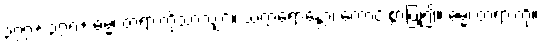
၃၇၇+ ၃၇၈+ ဓမ္မံ၊ တရားကိုသာလျှင်။ သက္ကရောန္တော၊ ကောင်းစွာပြု၍။ ဓမ္မံ၊ တရားကို။